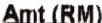
AMT (RM)